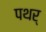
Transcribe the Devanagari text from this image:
पथर्